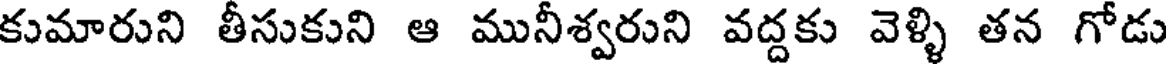
కుమారుని తీసుకుని ఆ మునీశ్వరుని వద్దకు వెళ్ళి తన గోడు